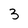
Character: 3